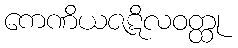
ကေဏိယဇဋိလဝတ္ထု